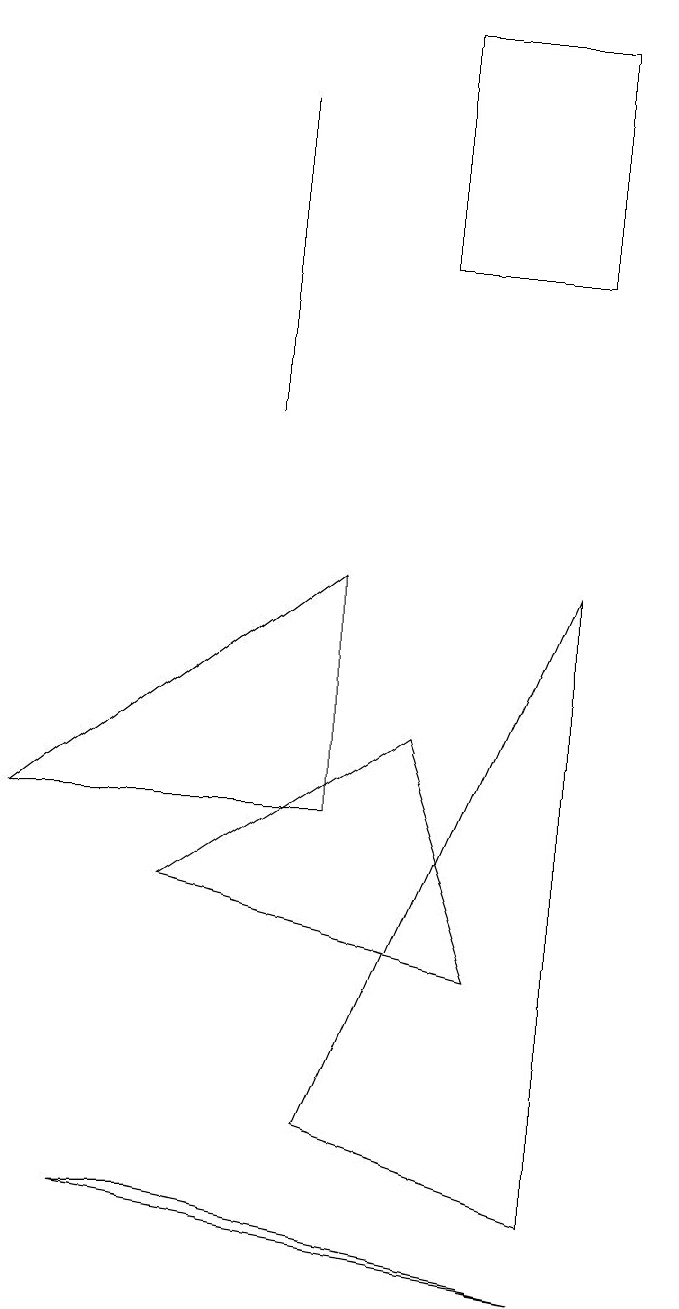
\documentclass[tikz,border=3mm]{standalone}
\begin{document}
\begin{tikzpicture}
\draw (0,6) -- (4,9) -- (4,6) -- cycle;
\draw (2,1) -- (7,0) -- (1,1) -- cycle;
\draw (3,11) rectangle (3,15);
\draw (7,1) -- (4,2) -- (7,9) -- cycle;
\draw (5,16) rectangle (7,13);
\draw (2,5) -- (5,7) -- (6,4) -- cycle;
\draw[->] (8,15) -- (8,12);
\draw (8,14) rectangle (8,14);
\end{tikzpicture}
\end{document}